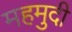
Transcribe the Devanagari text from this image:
महमुदी